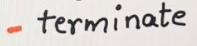
- terminate